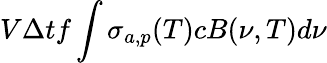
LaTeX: V\Delta tf\int\sigma_{a,p}(T)cB(\nu,T)d\nu